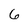
Character: 6